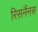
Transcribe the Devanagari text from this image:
रिसनैंनस